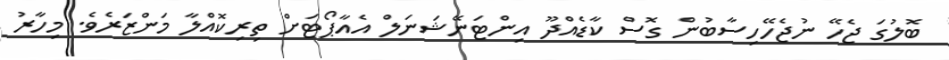
ބޮލުގަ ޖެހޭ ނުޖެހޭހިސާބުން ގޮސް ކާޑެއްދޫ އިންޓަނޭޝަނަލް އެއާޕޯޓަށް ތިރިކޮއްލާ މަންޒަރެވެ. މިހާރު